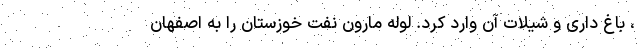
، باغ ‌داری و شیلات آن وارد کرد. لوله مارون نفت خوزستان را به اصفهان